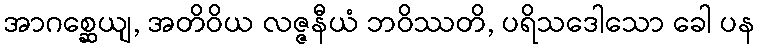
အာဂစ္ဆေယျ, အတိဝိယ လဇ္ဇနီယံ ဘဝိဿတိ, ပရိသဒေါသော ခေါ ပန